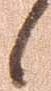
候